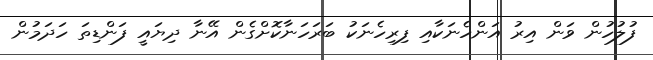
ފުލުހުން ވަން އިރު އަންހެނަކާއި ފިރިހެނަކު ބަރަހަނާކޮށްގެން އޭނާ ދިޔައީ ފަންޑިތަ ހަދަމުން